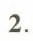
2.